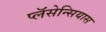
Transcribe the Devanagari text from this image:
प्लॅसेन्सियास